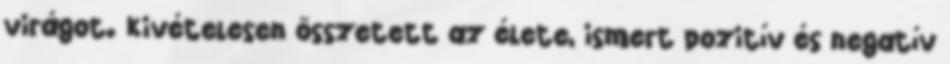
virágot. Kivételesen összetett az élete, ismert pozitív és negatív